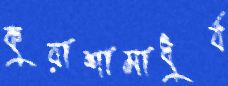
কুয়াশামাধুর্য